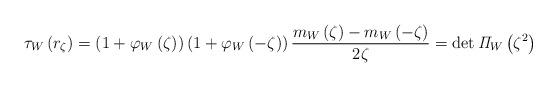
LaTeX: \begin{align*}\tau_{W}\left( r_{\zeta}\right) =\left( 1+\varphi_{W}\left( \zeta\right)\right) \left( 1+\varphi_{W}\left( -\zeta\right) \right) \dfrac {m_{W}\left(\zeta\right) -m_{W}\left( -\zeta\right) }{2\zeta}=\det\mathit{\Pi}_{W}\left(\zeta^{2}\right) \end{align*}